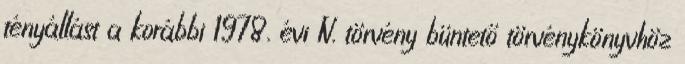
tényállást a korábbi 1978. évi IV. törvény büntető törvénykönyvhöz